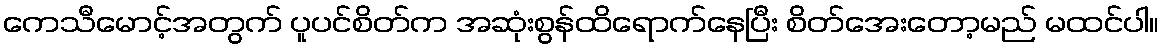
ကေသီမောင့်အတွက် ပူပင်စိတ်က အဆုံးစွန်ထိရောက်နေပြီး စိတ်အေးတော့မည် မထင်ပါ။